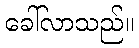
ခေါ်လာသည်။